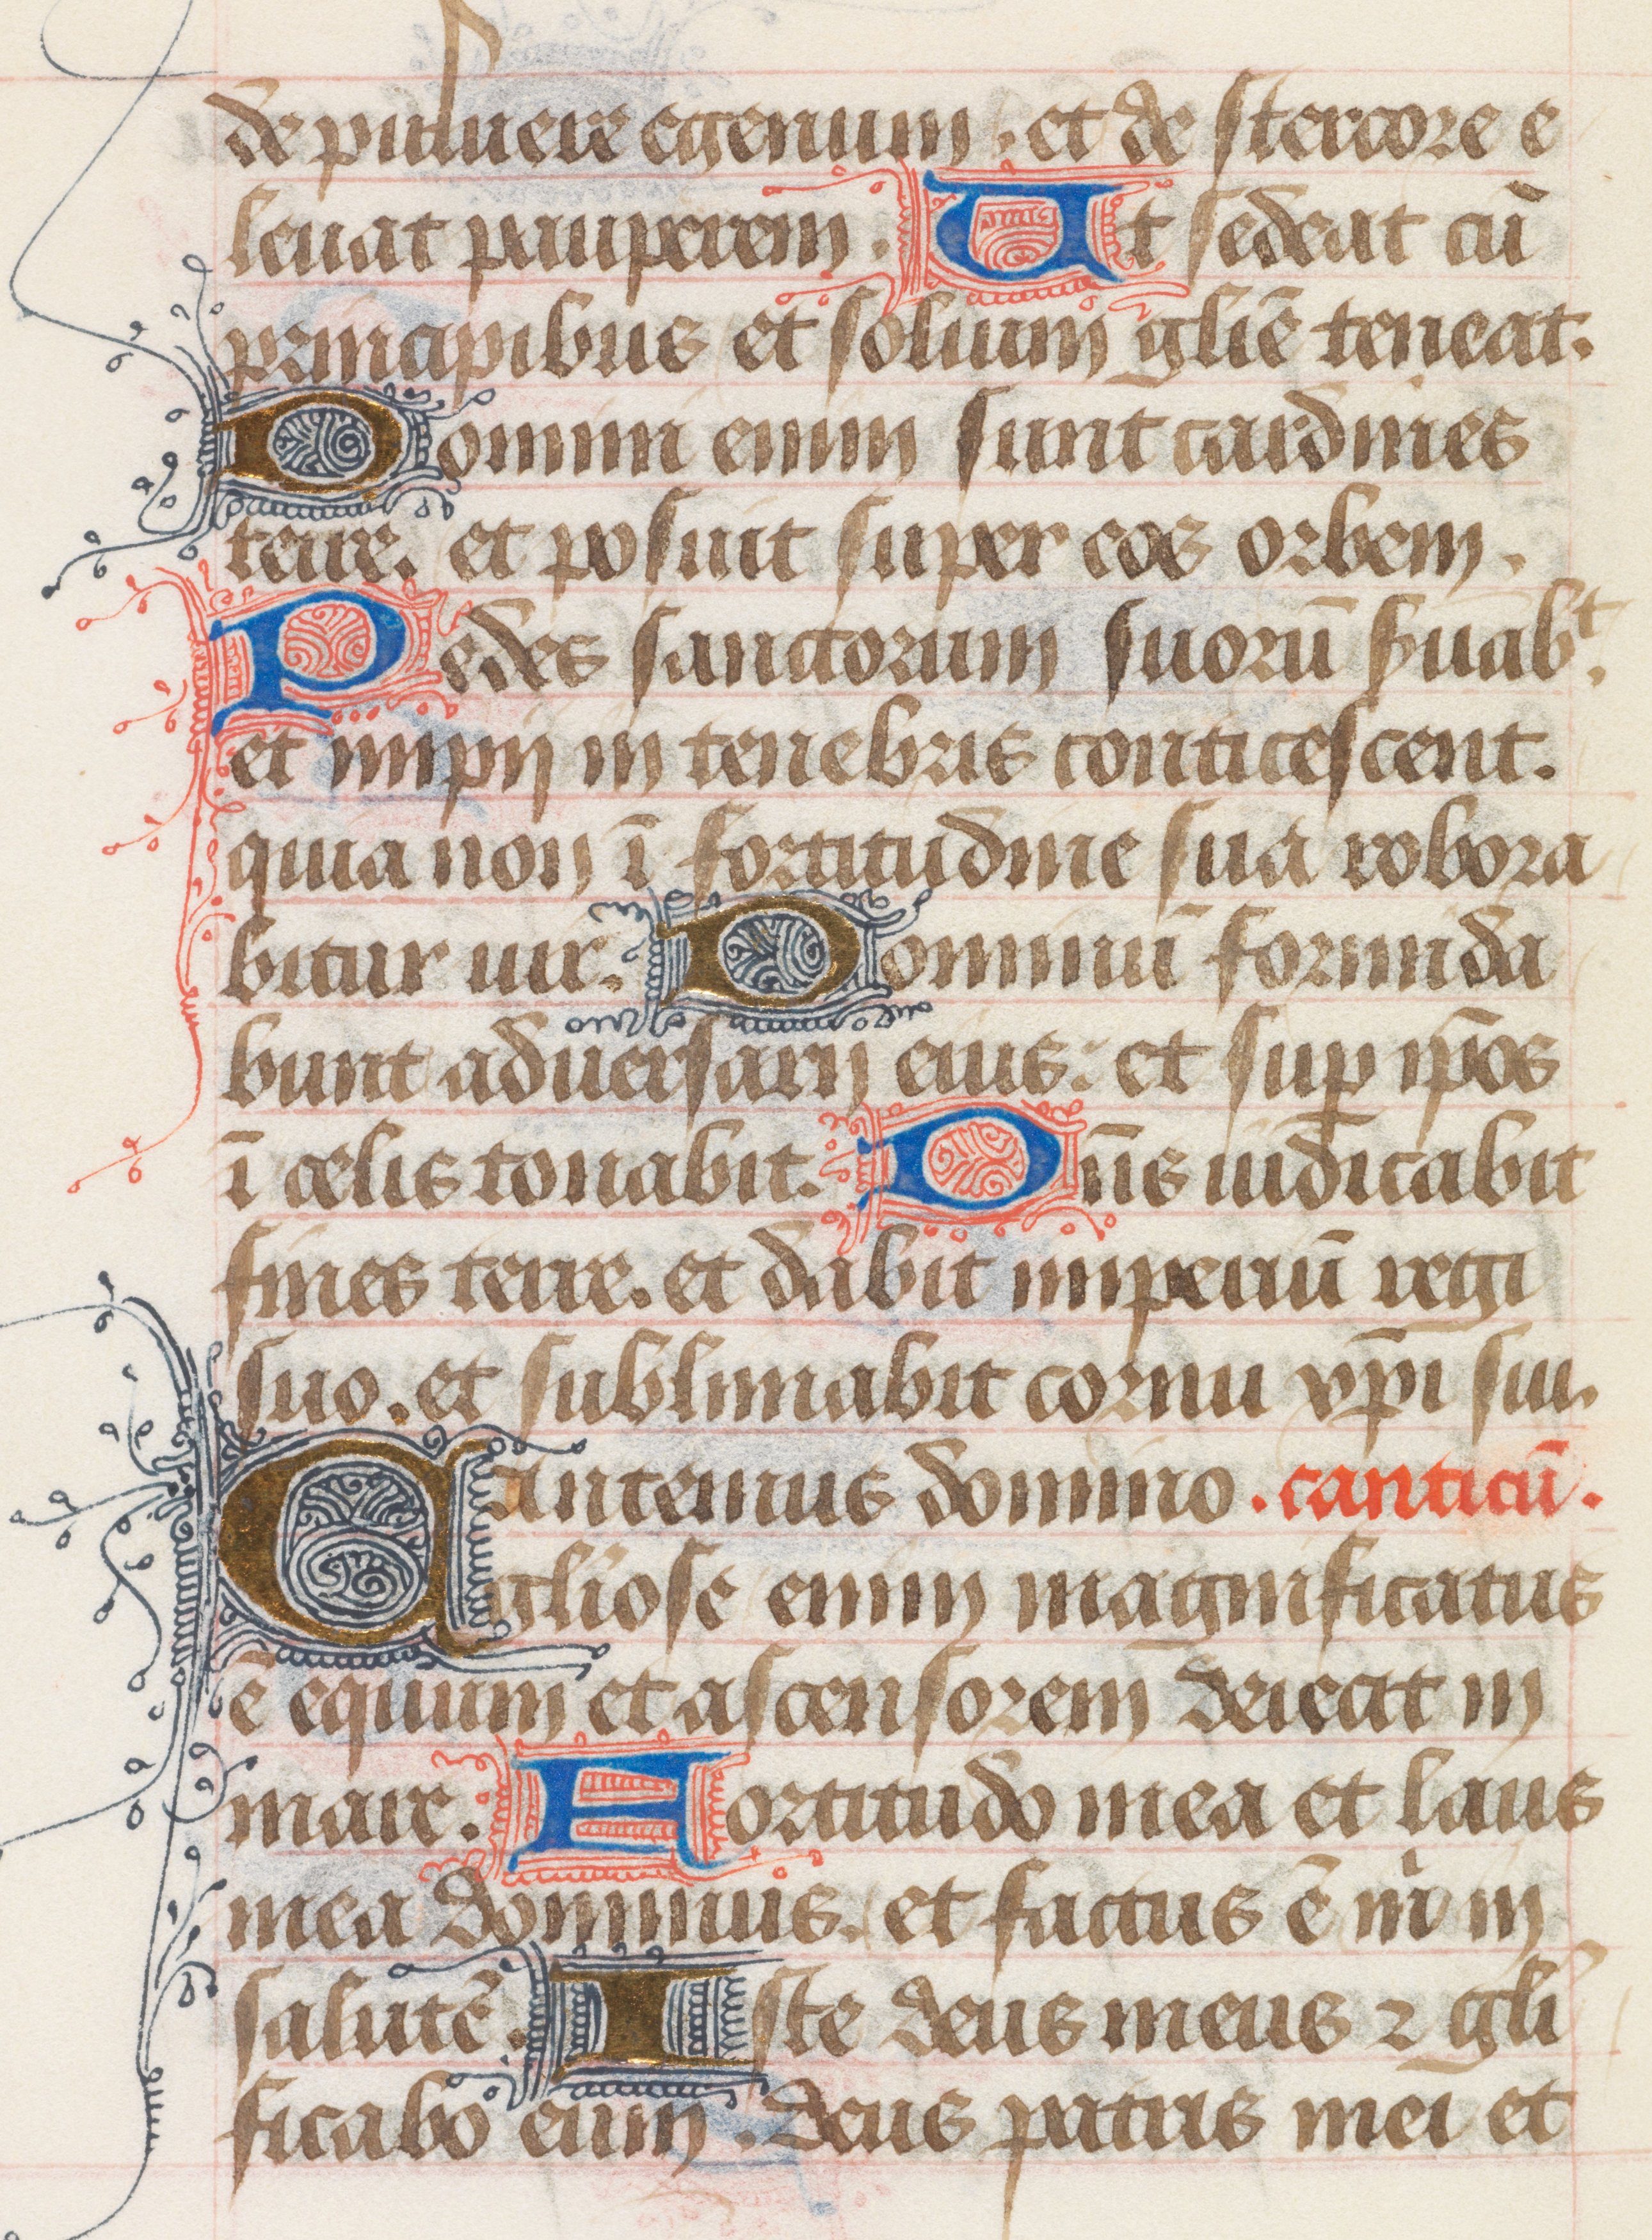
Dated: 1400–1499